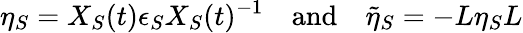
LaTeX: \eta_{S}=X_{S}(t)\epsilon_{S}X_{S}(t)^{-1}\quad\mathrm{and}\quad\tilde{\eta}_{S}=-L\eta_{S}L